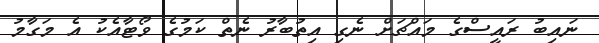
ނައިބު ރައީސްގެ މައްޗަށް ނެގި އިތުބާރު ނެތް ކަމުގެ ވޯޓާއެކު އެ މަގާމު